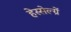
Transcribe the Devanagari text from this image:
हेस्सेल्ग्रें